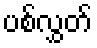
ပစ်လွှတ်